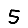
Digit: 5